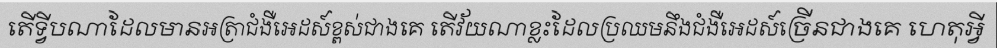
តើទ្វីបណាដែលមានអត្រាជំងឺអេដស៍ខ្ពស់ជាងគេ តើវ័យណាខ្លះដែលប្រឈមនឹងជំងឺអេដស៍ច្រើនជាងគេ ហេតុអ្វី